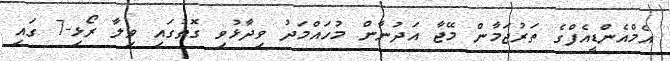
އެމްއެންޑީއެފްގެ ތަރުޖަމާން މޭޖާ އަދުނާން މުހައްމަދު ވިދާޅުވި ގޮތުގައި ވިލާ ރޯޅި-7 ގައި